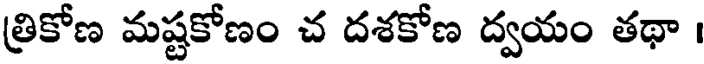
త్రికోణ మష్టకోణం చ దశకోణ ద్వయం తథా ।